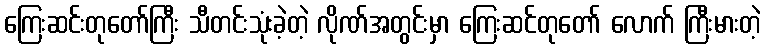
ကြေးဆင်းတုတော်ကြီး သီတင်းသုံးခဲ့တဲ့ လိုဏ်အတွင်းမှာ ကြေးဆင်တုတော် လောက် ကြီးမားတဲ့